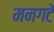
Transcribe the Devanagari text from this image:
मनगटें